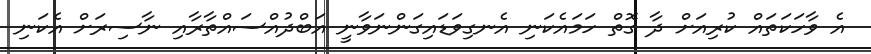
އެ ވާހަކަތައް ކުރިއަށް ދާ ގޮތް ހަމައެކަނި އެނގިވަޑައިގަންނަވާނީ އަބްދުއްސައްތާރާއި ނާސިރަށް އެކަނި